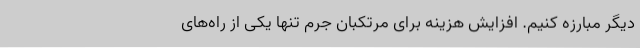
دیگر مبارزه کنیم. افزایش هزینه برای مرتکبان جرم تنها یکی از راه‌های